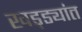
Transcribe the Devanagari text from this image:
खड्ड्यांत